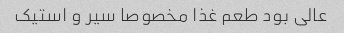
عالی بود طعم غذا مخصوصا سیر و استیک